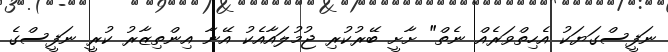
ނަފީސްގަޔަކު އެހިތްވަރެއް ނެތް" ށާށީ ބޭރުކުރި ޖުމުލައާއެކު އޭނާ އިންތިޒާރު ކުރީ ނަފީސްގެ